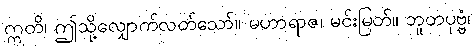
ဣတိ၊ ဤသို့လျှောက်လတ်သော်။ မဟာရာဇ၊ မင်းမြတ်။ ဘူတပုဗ္ဗံ၊